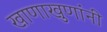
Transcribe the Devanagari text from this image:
खाणाखुणांनी